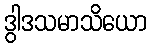
ဒွါဒသမာသိယော